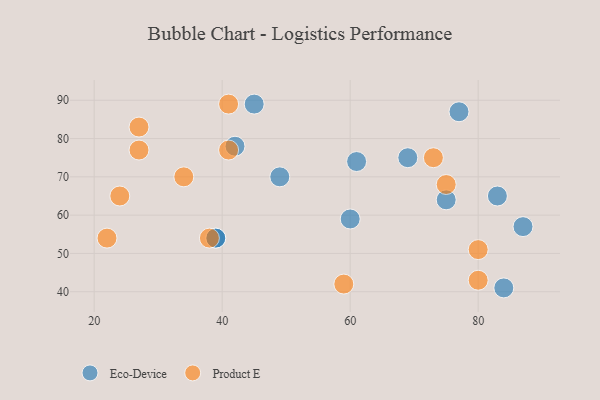
{"axis": {"x": "GDP", "y": "Life Expectancy"}, "legend": ["Eco-Device", "Product E"], "data": [{"x": "45", "y": 89, "type": "Eco-Device"}, {"x": "60", "y": 59, "type": "Eco-Device"}, {"x": "87", "y": 57, "type": "Eco-Device"}, {"x": "39", "y": 54, "type": "Eco-Device"}, {"x": "75", "y": 64, "type": "Eco-Device"}, {"x": "61", "y": 74, "type": "Eco-Device"}, {"x": "69", "y": 75, "type": "Eco-Device"}, {"x": "49", "y": 70, "type": "Eco-Device"}, {"x": "83", "y": 65, "type": "Eco-Device"}, {"x": "77", "y": 87, "type": "Eco-Device"}, {"x": "39", "y": 54, "type": "Eco-Device"}, {"x": "84", "y": 41, "type": "Eco-Device"}, {"x": "42", "y": 78, "type": "Eco-Device"}, {"x": "41", "y": 89, "type": "Product E"}, {"x": "22", "y": 54, "type": "Product E"}, {"x": "75", "y": 68, "type": "Product E"}, {"x": "80", "y": 43, "type": "Product E"}, {"x": "41", "y": 77, "type": "Product E"}, {"x": "80", "y": 51, "type": "Product E"}, {"x": "38", "y": 54, "type": "Product E"}, {"x": "27", "y": 77, "type": "Product E"}, {"x": "27", "y": 83, "type": "Product E"}, {"x": "24", "y": 65, "type": "Product E"}, {"x": "34", "y": 70, "type": "Product E"}, {"x": "73", "y": 75, "type": "Product E"}, {"x": "59", "y": 42, "type": "Product E"}]}